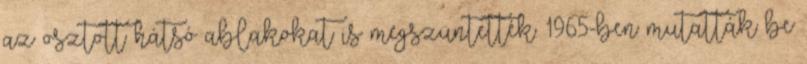
az osztott hátsó ablakokat is megszüntették. 1965-ben mutatták be